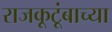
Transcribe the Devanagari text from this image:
राजकूटूंबाच्या